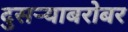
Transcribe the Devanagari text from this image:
दुसर्‍याबरोबर